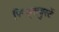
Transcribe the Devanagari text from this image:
रिन्ड्सवुर्स्टे